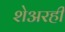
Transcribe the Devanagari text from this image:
शेअरही